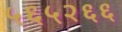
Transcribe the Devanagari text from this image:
५६५२६६